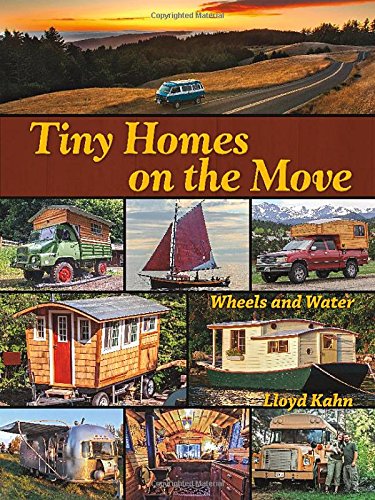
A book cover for Tiny Homes on the Move: Wheels and Water; Lloyd Kahn; Engineering & Transportation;